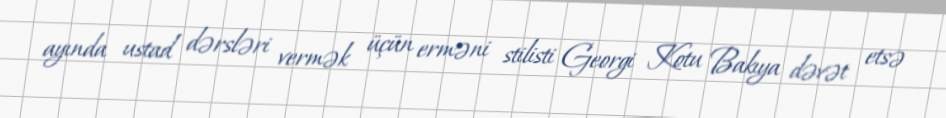
ayında ustad dərsləri vermək üçün erməni stilisti Georgi Kotu Bakıya dəvət etsə